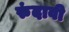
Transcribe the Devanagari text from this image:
रुंदावी